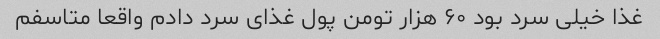
غذا خیلی سرد بود ۶۰ هزار تومن پول غذای سرد دادم واقعا متاسفم